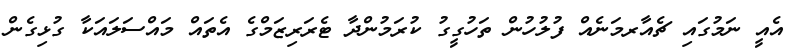
އެއީ ނަމުގައި ޗެއާރމަނެއް ފުލުހުން ތަހުގީގު ކުރަމުންދާ ޓެރަރިޒަމްގެ އެތައް މައްސަލައަކާ ގުޅިގެން